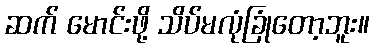
ဆက် မောင်းဖို့ သိပ်မလုံခြုံတော့ဘူး။